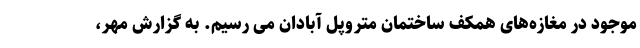
موجود در مغازه‌های همکف ساختمان متروپل آبادان می رسیم. به گزارش مهر،